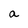
Character: a